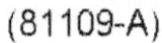
(81109-A)